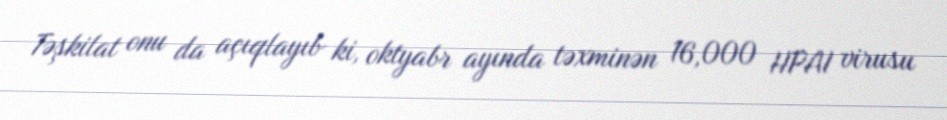
Təşkilat onu da açıqlayıb ki, oktyabr ayında təxminən 16,000 HPAI virusu